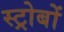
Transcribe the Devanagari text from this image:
स्ट्रोबों